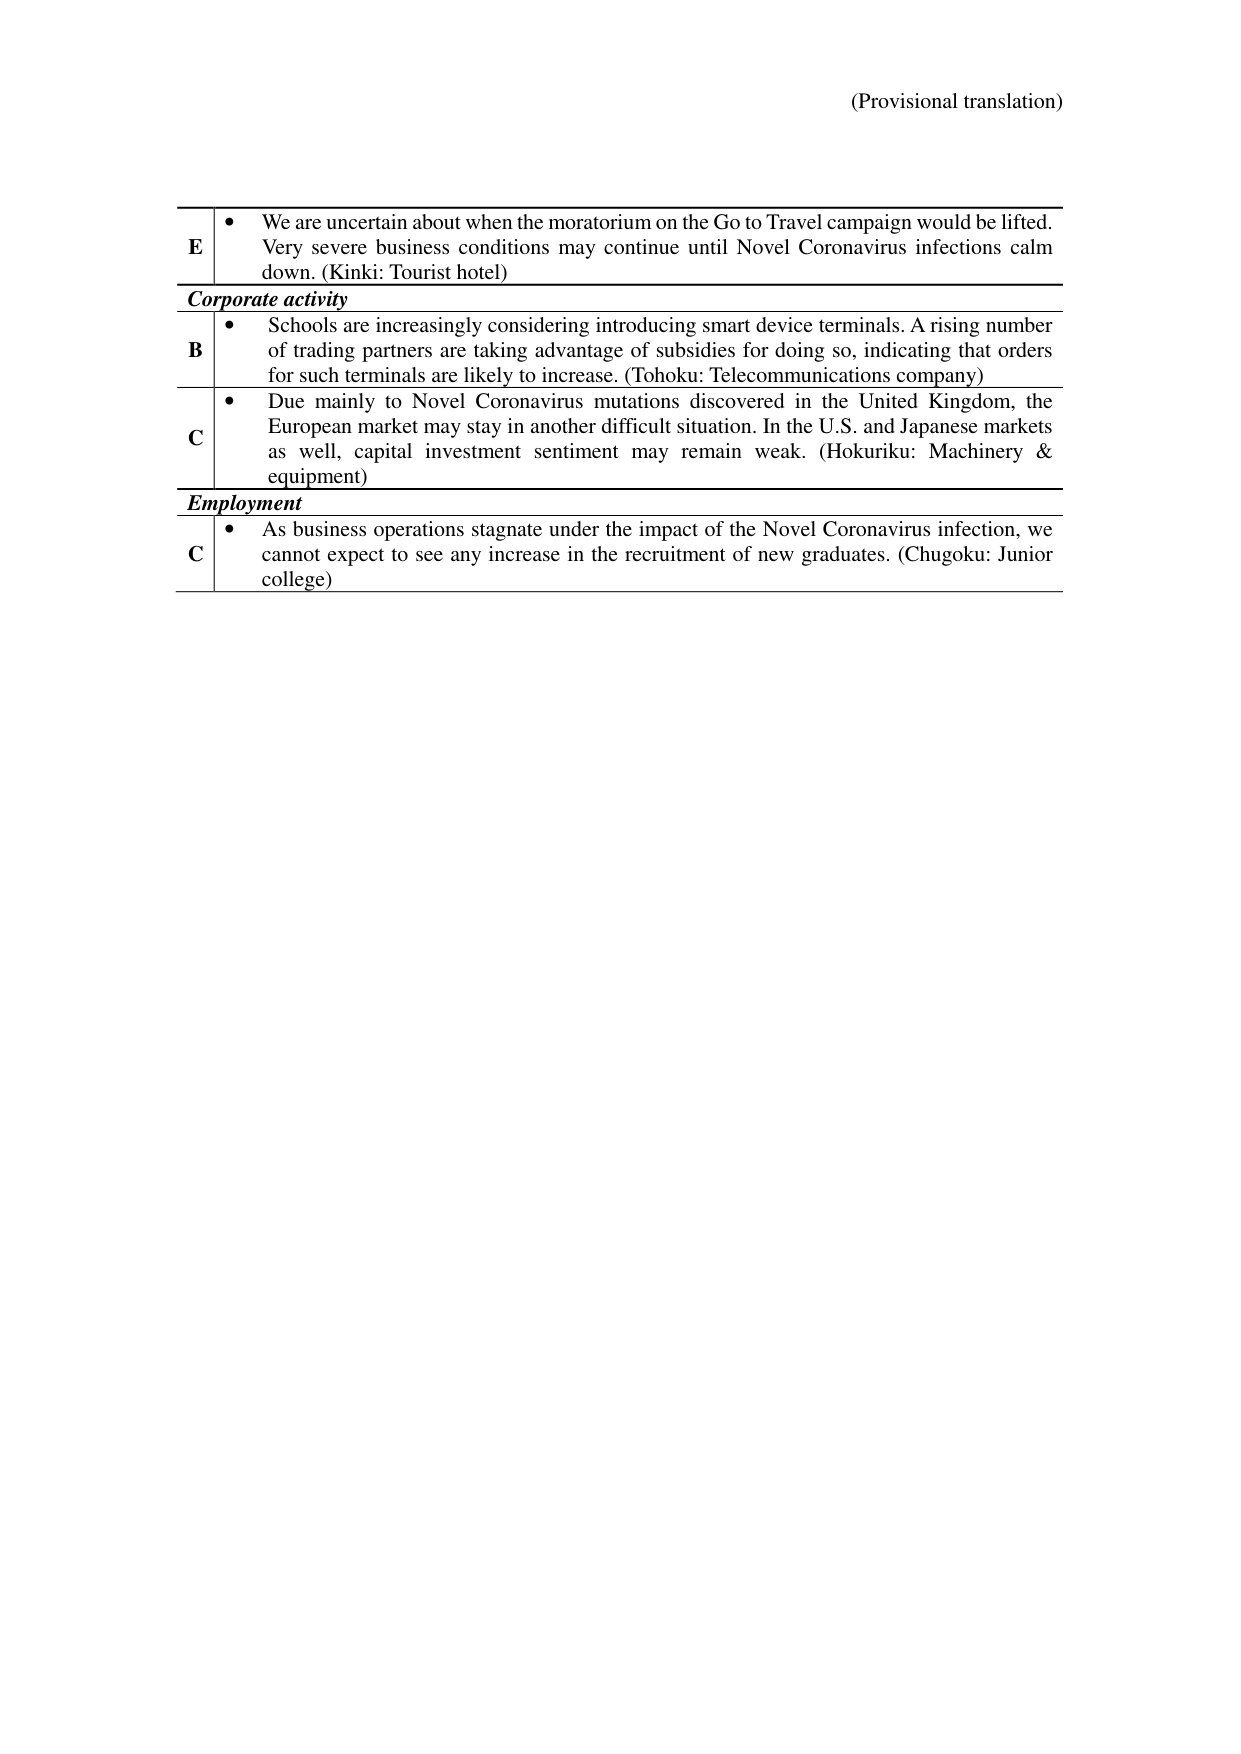
(Provisional translation)

E • We are uncertain about when the moratorium on the Go to Travel campaign would be lifted. Very severe business conditions may continue until Novel Coronavirus infections calm down. (Kinki: Tourist hotel)

Corporate activity

B • Schools are increasingly considering introducing smart device terminals. A rising number of trading partners are taking advantage of subsidies for doing so, indicating that orders for such terminals are likely to increase. (Tohoku: Telecommunications company)

C • Due mainly to Novel Coronavirus mutations discovered in the United Kingdom, the European market may stay in another difficult situation. In the U.S. and Japanese markets as well, capital investment sentiment may remain weak. (Hokuriku: Machinery & equipment)

Employment

C • As business operations stagnate under the impact of the Novel Coronavirus infection, we cannot expect to see any increase in the recruitment of new graduates. (Chugoku: Junior college)